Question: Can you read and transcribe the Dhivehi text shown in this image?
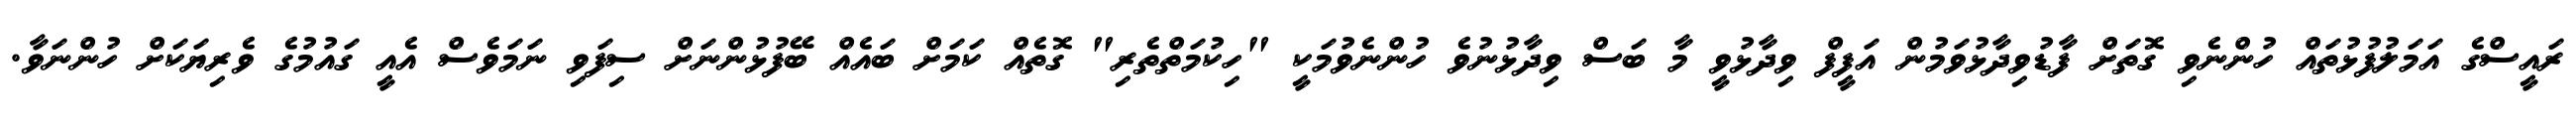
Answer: ރައީސްގެ އަމަލުފުޅުތައް ހުންނެވި ގޮތަށް ފާޑުވިދާޅުވަމުން އަފީފް ވިދާޅުވީ މާ ބަސް ވިދާޅުނުވެ ހުންނެވުމަކީ "ހިކުމަތްތެރި" ގޮތެއް ކަމަށް ބައެއް ބޭފުޅުންނަށް ސިފަވި ނަމަވެސް އެއީ ގައުމުގެ ވެރިޔަކަށް ހުންނަވާ.